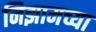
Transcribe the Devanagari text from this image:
निझामच्या